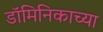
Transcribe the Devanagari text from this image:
डॉमिनिकाच्या